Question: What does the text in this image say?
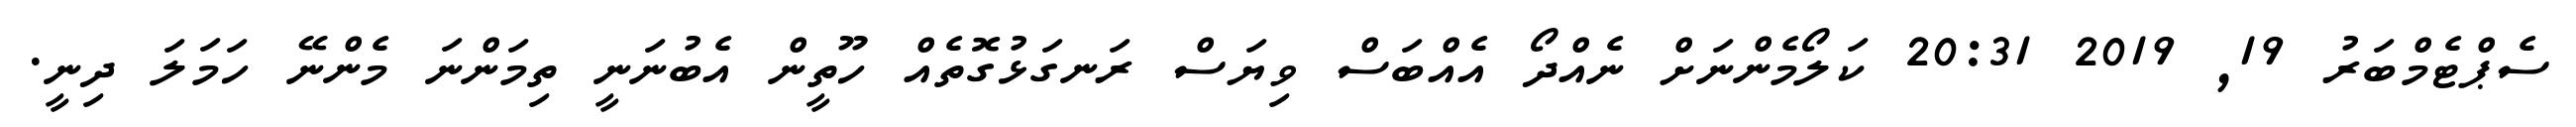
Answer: ސެޕްޓެމްބަރު 19, 2019 20:31 ކަލޯމެންނަށް ނެއްދޯ އެއްބަސް ވިޔަސް ރަނގަޅުގޮތެއް ހޫތީން އެބުނަނީ ތިމަންނަ މެންނޭ ހަމަލަ ދިނީ.